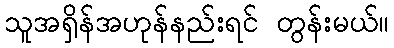
သူအရှိန်အဟုန်နည်းရင် တွန်းမယ်။